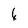
Character: 4